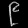
Digit: ၉